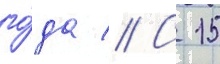
го́да // С 15